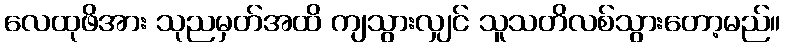
လေထုဖိအား သုညမှတ်အထိ ကျသွားလျှင် သူသတိလစ်သွားတော့မည်။